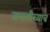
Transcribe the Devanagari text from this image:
जमातीच्याच